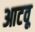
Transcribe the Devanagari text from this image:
आटवू